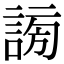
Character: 𧩂